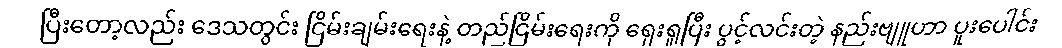
ပြီးတော့လည်း ဒေသတွင်း ငြိမ်းချမ်းရေးနဲ့ တည်ငြိမ်းရေးကို ရှေးရှုပြီး ပွင့်လင်းတဲ့ နည်းဗျူဟာ ပူးပေါင်း